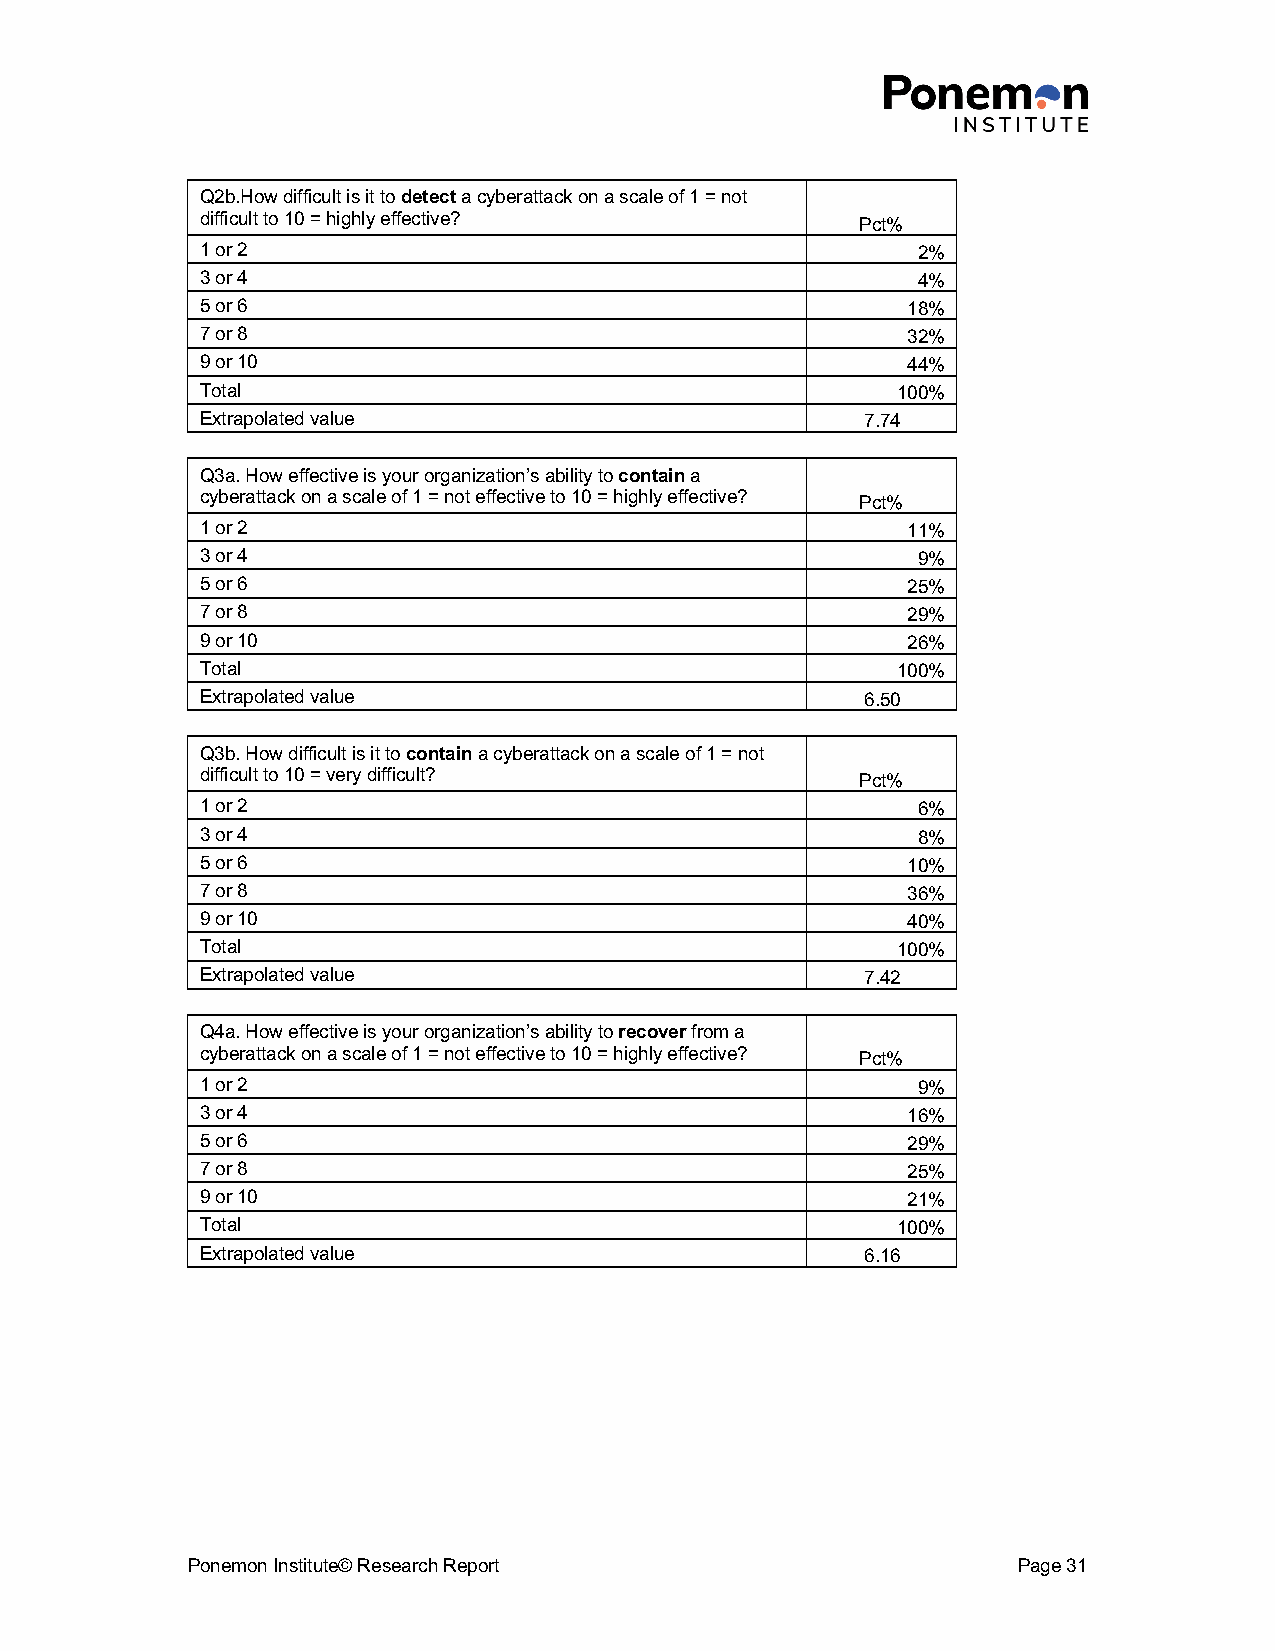
Q2b.How difficult is it to detect a cyberattack on a scale of 1 = not
 difficult to 10 = highly effective?         Pct%
 1 or 2                                          2%
 3 or 4                                          4%
 5 or 6                                         18%
 7 or 8                                         32%
 9 or 10                                        44%
 Total                                         100%
 Extrapolated value                          7.74
 Q3a. How effective is your organization’s ability to contain a
 cyberattack on a scale of 1 = not effective to 10 = highly effective? Pct%
 1 or 2                                         11%
 3 or 4                                          9%
 5 or 6                                         25%
 7 or 8                                         29%
 9 or 10                                        26%
 Total                                         100%
 Extrapolated value                          6.50
 Q3b. How difficult is it to contain a cyberattack on a scale of 1 = not
 difficult to 10 = very difficult?           Pct%
 1 or 2                                          6%
 3 or 4                                          8%
 5 or 6                                         10%
 7 or 8                                         36%
 9 or 10                                        40%
 Total                                         100%
 Extrapolated value                          7.42
 Q4a. How effective is your organization’s ability to recover from a
 cyberattack on a scale of 1 = not effective to 10 = highly effective? Pct%
 1 or 2                                          9%
 3 or 4                                         16%
 5 or 6                                         29%
 7 or 8                                         25%
 9 or 10                                        21%
 Total                                         100%
 Extrapolated value                          6.16
 Ponemon Institute© Research Report                     Page 31